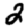
Digit: 2